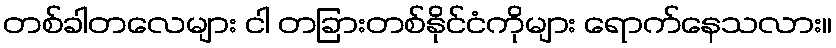
တစ်ခါတလေများ ငါ တခြားတစ်နိုင်ငံကိုများ ရောက်နေသလား။